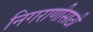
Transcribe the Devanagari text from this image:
निगराणीसाठी